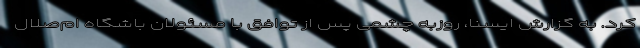
کرد. به گزارش ایسنا، روزبه چشمی پس از توافق با مسئولان باشگاه ام‌صلال